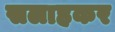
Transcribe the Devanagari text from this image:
सलाहकर